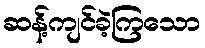
ဆန့်ကျင်ခဲ့ကြသော